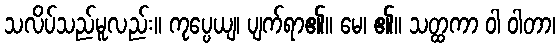
သလိပ်သည်မူလည်း။ ကုပ္ပေယျ၊ ပျက်ရာ၏။ မေ၊ ၏။ သတ္ထကာ ဝါ ဝါတာ၊